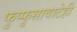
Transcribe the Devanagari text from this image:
फुप्फुसावाटेही